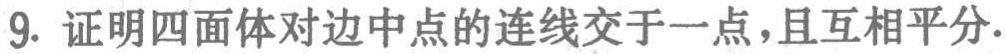
9. 证明四面体对边中点的连线交于一点，且互相平分.